Civil Veterinary Dept. Bombay admin report 1914-1922 - 1914-1922
Year: 1914
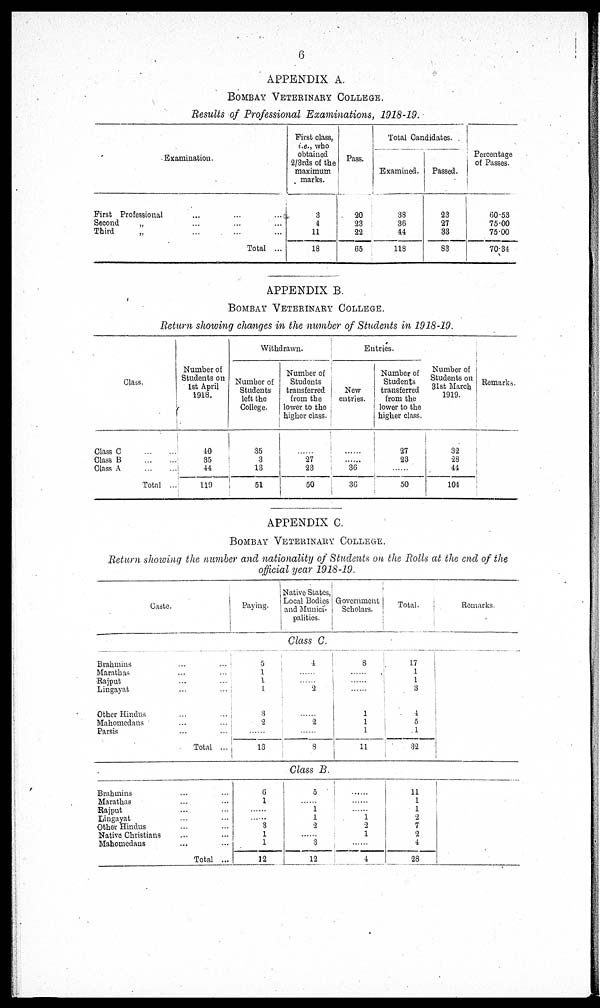
6
APPENDIX A.
BOMBAY VETERINARY COLLEGE.
Results of Professional Examinations, 1918-19.
Examination.
First Professional ... ...
Second
„ ... ...
Third „ ... ...
Total ...
First class,
i.e., who
obtained
2/3rds of the
maximum
marks.
3
4
11
18
Pass.
20
23
22
65
Total Candidates.
Examined.
38
36
44
118
Passed.
23
27
33
83
Percentage
of Passes.
60.53
75.00
75.00
70.34
APPENDIX B.
BOMBAY VETERINARY COLLEGE.
Return showing changes in the number of Students in 1918-19.
Class.
Class C
Class B
Class A
Total ...
Number of
Students on
1st April
1918.
40
35
44
119
Withdrawn.
Number of
Students
left the
College.
35
3
13
51
Number of
Students
transferred
from the
lower to the
higher class.
......
27
23
50
Entries.
New
entries.
......
......
36
36
Number of
Students
transferred
from the
lower to the
higher class.
27
23
.....
50
Number of
Students on
31st March
1919.
32
28
44
104
Remarks.
APPENDIX C.
BOMBAY VETERINARY COLLEGE.
Return showing the number and nationality of Students on the Rolls at the end of the
official year 1918-19.
Caste.
Paying.
Native States,
Local Bodies
and Munici-
palities.
Government
Scholars.
Total.
|
Remarks.
Class C.
Brahmins
... ...
Marathas ... ...
Rajput ... ...
Lingayat ... ...
Other Hindus ... ...
Mahomedans ... ...
Parsis ... ...
Total ...
5
1
1
1
3
2
...
13
4
......
......
2
......
2
......
8
8
......
......
......
1
1
1
11
17
1
1
3
4
5
1
32
Class B.
Brahmins ... ...
Marathas ... ...
Rajput ... ...
Lingayat ... ...
Other Hindus ... ...
Native Christians
... ...
Mahomedans ... ...
Total ...
6
1
......
......
3
1
1
12
5
......
1
1
2
......
3
12
......
.....
......
1
2
1
......
4
11
1
1
2
7
2
4
28